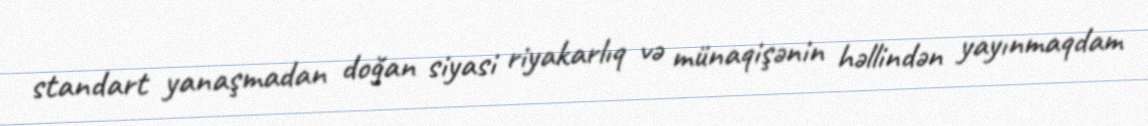
standart yanaşmadan doğan siyasi riyakarlıq və münaqişənin həllindən yayınmaqdam